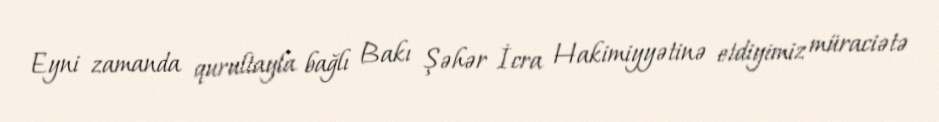
Eyni zamanda qurultayla bağlı Bakı Şəhər İcra Hakimiyyətinə etdiyimiz müraciətə